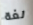
لغة